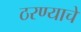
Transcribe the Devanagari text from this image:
ठरण्याचे